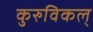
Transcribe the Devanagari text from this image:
कुरुविकल्